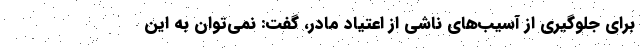
برای جلوگیری از آسیب‌های ناشی از اعتیاد مادر، گفت: نمی‌توان به این